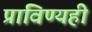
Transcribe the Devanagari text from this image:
प्राविण्यही